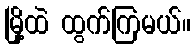
မြို့ထဲ ထွက်ကြမယ်။